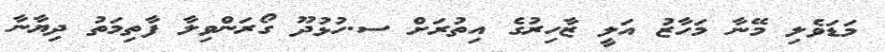
މަޑަވެލި މޭނާ މަހާޒު އަލީ ޒާހިރުގެ އިތުރަށް ސ.ހުޅުދޫ ގޯރަންވިލާ ފާތިމަތު ދިޔާނާ